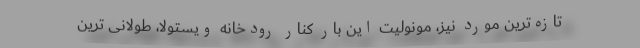
تازه‌ترین مورد نیز، مونولیت این بار کنار رودخانه ویستولا، طولانی ترین